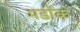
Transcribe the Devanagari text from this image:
मर्डॉक